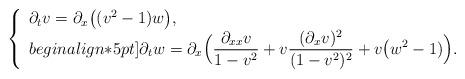
LaTeX: \begin{align*}\left\{ \begin{array}{ll}\partial_t v = \partial_x \big( (v^2 - 1) w \big),\\begin{align*}5pt]\displaystyle \partial_t w = \partial_x \Big( \frac{\partial_{xx} v}{1 - v^2} + v \frac{(\partial_x v)^2}{(1 - v^2)^2} + v \big( w^2 - 1) \Big).\end{array} \right.\end{align*}